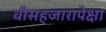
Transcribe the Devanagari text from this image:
वीसहजारापेक्षा